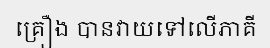
គ្រឿង បានវាយទៅលើភាគី